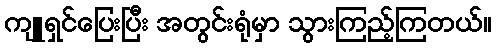
ကျူရှင်ပြေးပြီး အတွင်းရုံမှာ သွားကြည့်ကြတယ်။